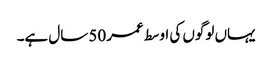
یہاں لوگوں کی اوسط عمر 50 سال ہے۔